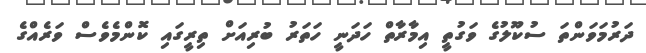
ދަރުމަވަންތަ ސުކޫލުގެ ވަގުތީ އިމާރާތް ހަދަނީ ހަތަރު ބުރިއަށް ތިރީގައި ކޮންމެވެސް ވަރެއްގެ